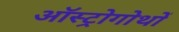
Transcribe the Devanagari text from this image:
ऑस्ट्रोगोथों